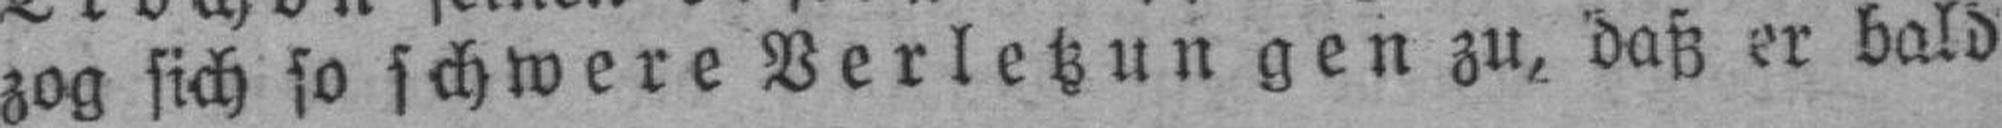
zog sich so schwere Verletzungen zu, daß er bald